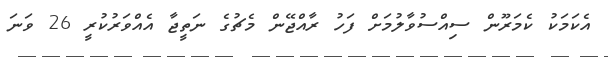
އެކަމަކު ކެމަރޫން ސިއްސުވާލުމަށް ފަހު ރާއްޖޭން މެޗުގެ ނަތީޖާ އެއްވަރުކުރީ 26 ވަނަ